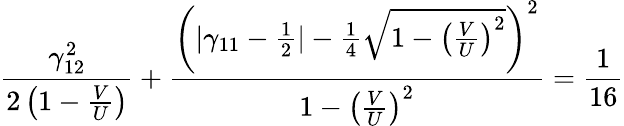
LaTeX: \frac{\gamma_{12}^{2}}{2\left(1-\frac{V}{U}\right)}+\frac{\left(|\gamma_{11}-\frac{1}{2}|-\frac{1}{4}\sqrt{1-\left(\frac{V}{U}\right)^{2}}\right)^{2}}{1-\left(\frac{V}{U}\right)^{2}}=\frac{1}{16}